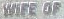
WIFE OF